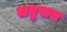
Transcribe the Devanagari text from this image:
लघुपाय